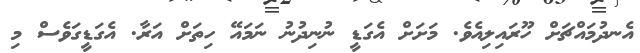
އެނދުމައްޗަށް ހޫރައިލިއެވެ. މަށަށް އެގަޑީ ނުނިދުނު ނަމައޭ ހިތަށް އަރާ. އެގަޑީގަވެސް މި